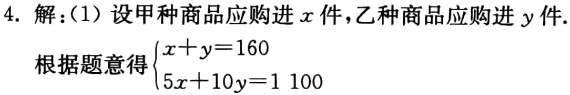
4. 解：(1) 设甲种商品应购进\(x\)件，乙种商品应购进\(y\)件.
根据题意得\(\begin{cases}x + y = 160\\5x + 10y = 1100\end{cases}\)